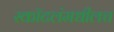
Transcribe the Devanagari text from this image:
स्कॉटलंमधीलच